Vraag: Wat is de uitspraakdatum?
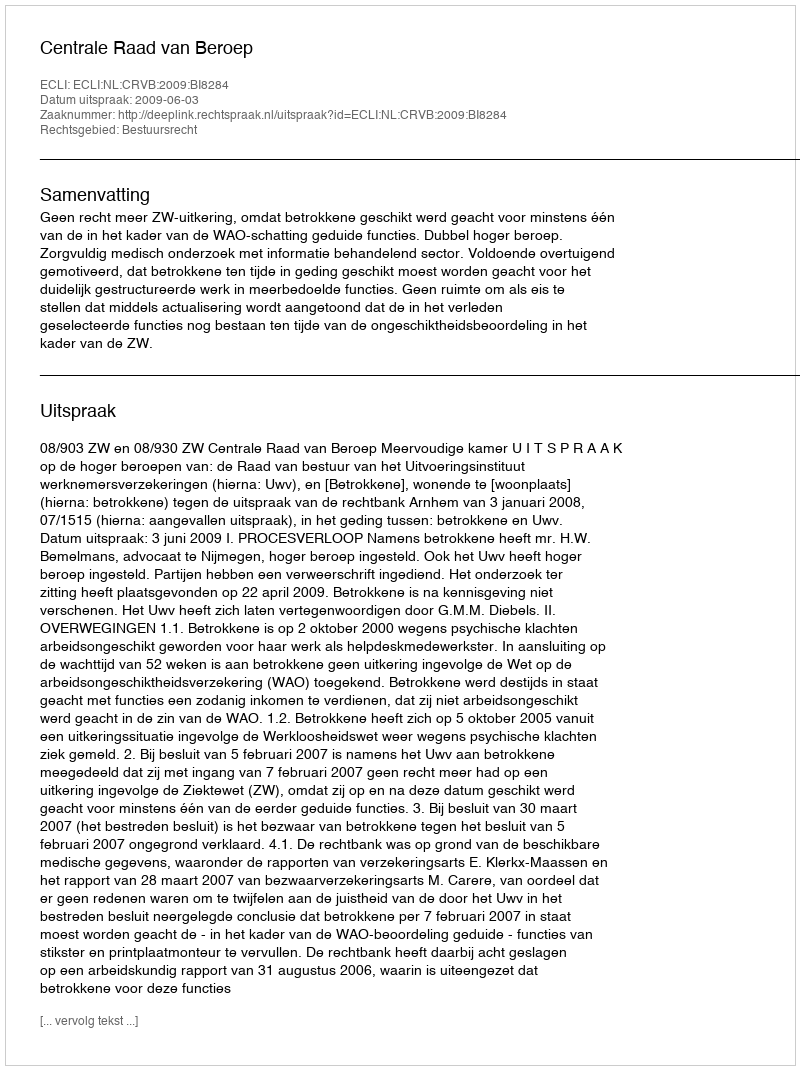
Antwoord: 2009-06-03